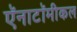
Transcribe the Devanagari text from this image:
ऍनाटॉमीकल